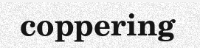
coppering